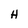
Character: H